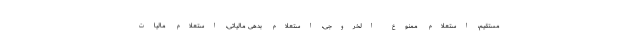
مستقیم، استعلام ممنوع الخروجی، استعلام بدهی مالیاتی، استعلام مالیات